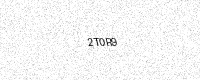
Text: 2T0R9